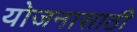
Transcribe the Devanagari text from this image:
योजनासाठी